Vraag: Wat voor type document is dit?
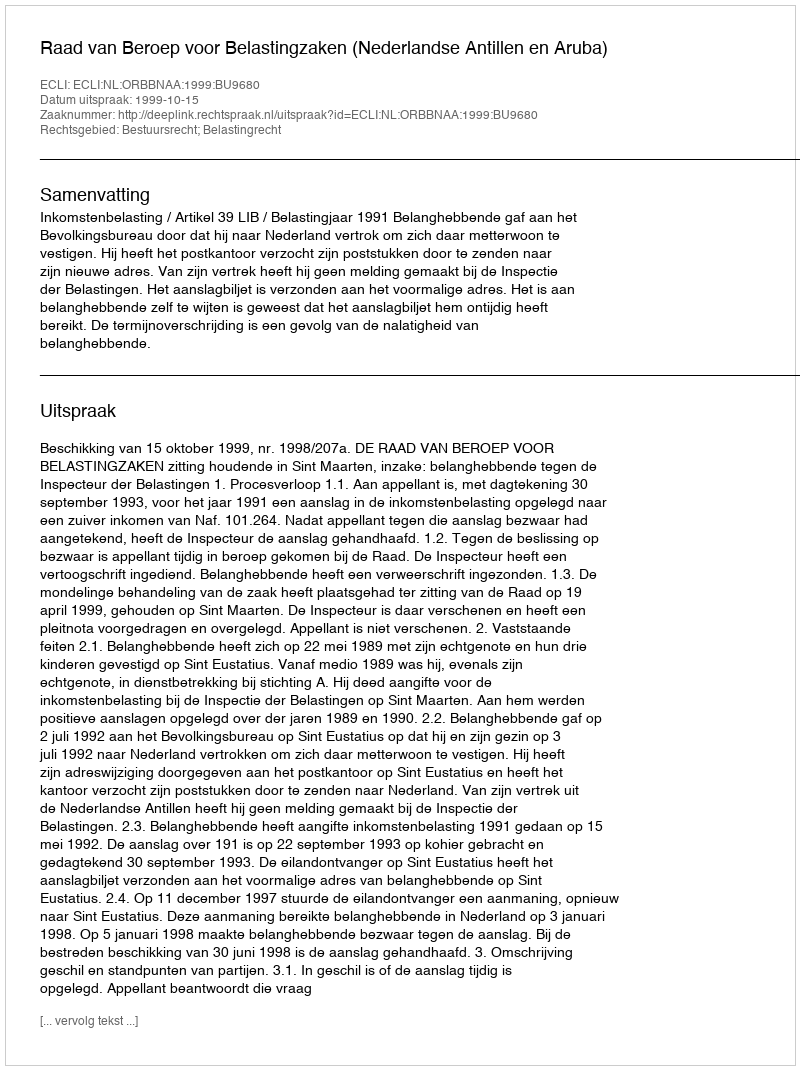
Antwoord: Uitspraak